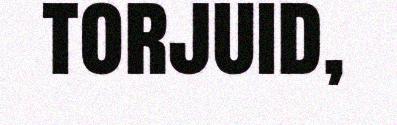
torjuid,